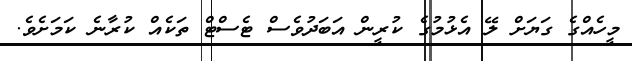
މީހެއްގެ ގަޔަށް ލޭ އެޅުމުގެ ކުރީން އަބަދުވެސް ޓެސްޓް ތަކެއް ކުރާނެ ކަމަށެވެ.